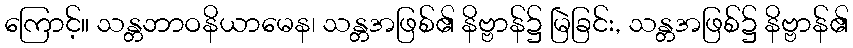
ကြောင့်။ သန္တဘာဝနိယာမေန၊ သန္တအဖြစ်၏ နိဗ္ဗာန်၌ မြဲခြင်း, သန္တအဖြစ်၌ နိဗ္ဗာန်၏